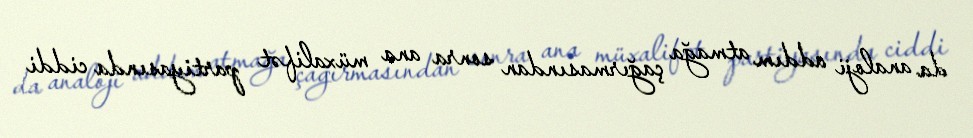
da analoji addım atmağa çağırmasından sonra ana müxalifət partiyasında ciddi